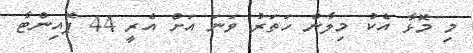
މި މޮޅާ އެކު މިލާން ހަތަރު ވަނަ އަށް އެރީ 44 ޕޮއިންޓާ